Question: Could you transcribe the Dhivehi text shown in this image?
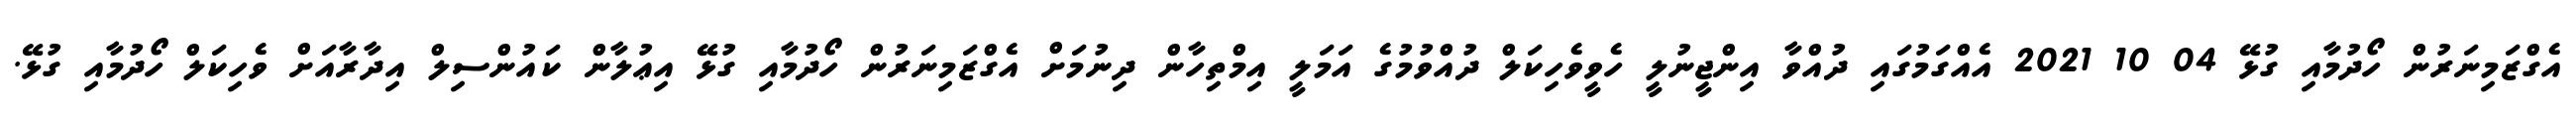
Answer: އެގްޒަމިނަރުން ހޯދުމާއި ގުޅޭ 04 10 2021 އެއްގަމުގައި ދުއްވާ އިންޖީނުލީ ހެވީވެހިކަލް ދުއްވުމުގެ އަމަލީ އިމްތިހާން ދިނުމަށް އެގްޒަމިނަރުން ހޯދުމާއި ގުޅޭ އިޢުލާން ކައުންސިލް އިދާރާއަށް ވެހިކަލް ހޯދުމާއި ގުޅޭ.